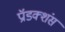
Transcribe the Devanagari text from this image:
प्रॉडक्शंस